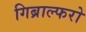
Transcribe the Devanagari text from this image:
गिब्राल्फरो